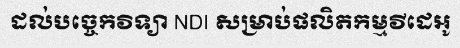
ដល់បច្ចេកវិទ្យា NDI សម្រាប់ផលិតកម្មវីដេអូ